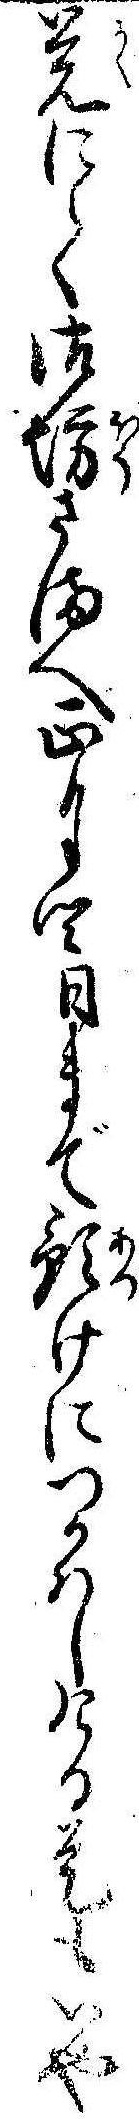
覚にて御坊さまへ正月四日まで預けにつかはしける是もいや